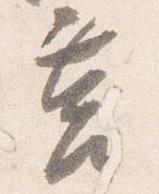
莒